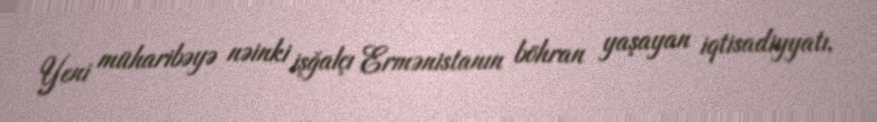
Yeni müharibəyə nəinki işğalçı Ermənistanın böhran yaşayan iqtisadiyyatı,